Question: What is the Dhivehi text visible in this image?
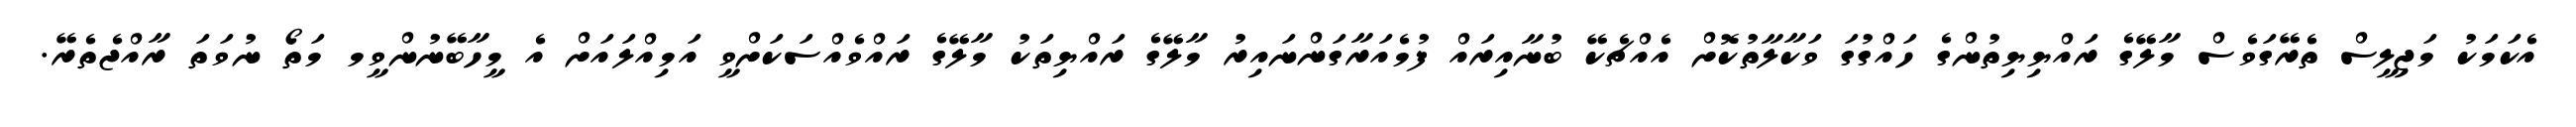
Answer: އެކަމަކު މަޖިލީސް ތެރޭގަވެސް މާލޭގެ ރައްޔިޔިތުންގެ ހައްގުގަ ވަކާލާތުކޮށް އެއްޗެކޭ ބުނާއިރައް ފުމެއަރާގަންނައިރު މާލޭގެ ރައްޔިތަކު މާލޭގެ ރައްވެއްސަކަށްވީ އަމިއްލައަށް އެ މީހާބޭނުންވީމ މަތޯ ނުވަތަ ރާއްޖެތެރޭ.